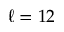
\ell = 1 2